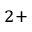
^ { 2 + }